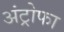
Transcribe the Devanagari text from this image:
अंट्रोफा